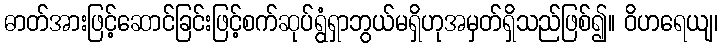
ဓာတ်အားဖြင့်ဆောင်ခြင်းဖြင့်စက်ဆုပ်ရွံရှာဘွယ်မရှိဟုအမှတ်ရှိသည်ဖြစ်၍။ ဝိဟရေယျ၊